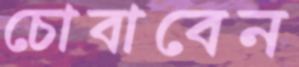
চোবাবেন